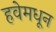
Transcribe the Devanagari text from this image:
हवेमधून